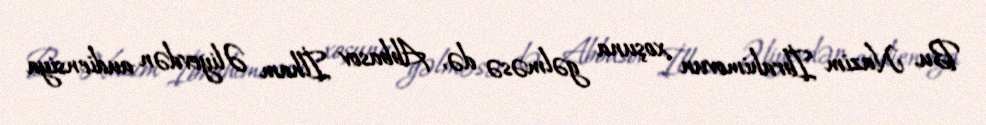
Bu, Nazim İbrahimovun xoşuna gəlməsə də, Abbasov İlham Əliyevdən audiensiya